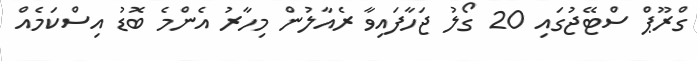
ގްރޫޕް ސްޓޭޖުގައި 20 ގޯލު ޖަހާފައިވާ ރެއާލުން މިހާރު އެންމެ ބޮޑު އިސްކަމެއް